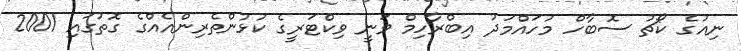
ނިއުގެ ކޯޗު ސޮބާހް މުހައްމަދު އިބްރާހިމް ވަނީ ވިކްޓަރީގެ ކުޅުންތެރިންއެއްގެ ގޮތުގައި 2001